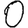
Digit: 0